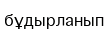
бұдырланып